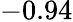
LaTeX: -0.94